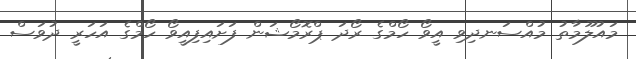
މައުލޫމާތު މުއްސަނދިވި އީވޯ ހޯމްގެ ރޯދަ ޕްރޮމޯޝަން ފަށައިފިއީވޯ ހޯމްގެ އަހަރީ ދުވަސް